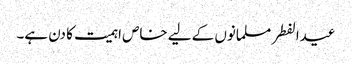
عیدالفطر مسلمانوں کے لیے خاص اہمیت کا دن ہے۔